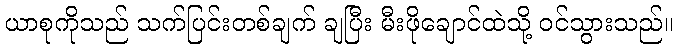
ယာစုကိုသည် သက်ပြင်းတစ်ချက် ချပြီး မီးဖိုချောင်ထဲသို့ ဝင်သွားသည်။